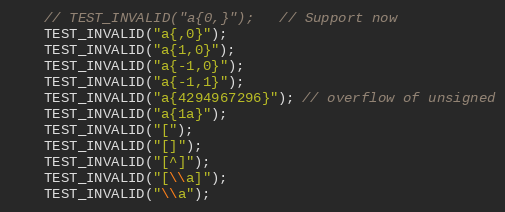
Language: C++
    // TEST_INVALID("a{0,}");   // Support now
    TEST_INVALID("a{,0}");
    TEST_INVALID("a{1,0}");
    TEST_INVALID("a{-1,0}");
    TEST_INVALID("a{-1,1}");
    TEST_INVALID("a{4294967296}"); // overflow of unsigned
    TEST_INVALID("a{1a}");
    TEST_INVALID("[");
    TEST_INVALID("[]");
    TEST_INVALID("[^]");
    TEST_INVALID("[\\a]");
    TEST_INVALID("\\a");